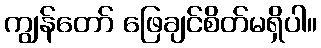
ကျွန်တော် ဖြေချင်စိတ်မရှိပါ။